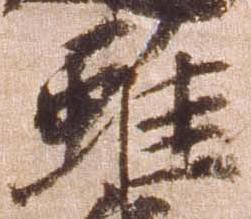
雖